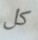
كل